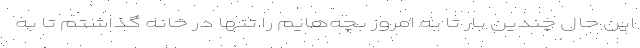
این حال چندین بار تا به امروز بچه‌هایم را تنها در خانه گذاشتم تا به